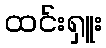
ထင်းရှူး